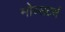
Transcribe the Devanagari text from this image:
मोब्सटर्स